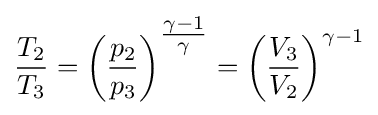
{\frac {T_{2}}{T_{3}}}=\left({\frac {p_{2}}{p_{3}}}\right)^{\textstyle {{\gamma -1} \over \gamma }}=\left({\frac {V_{3}}{V_{2}}}\right)^{\gamma -1}